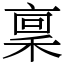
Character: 稟